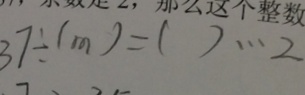
3 7 \div ( m ) = ( ) \cdots 2